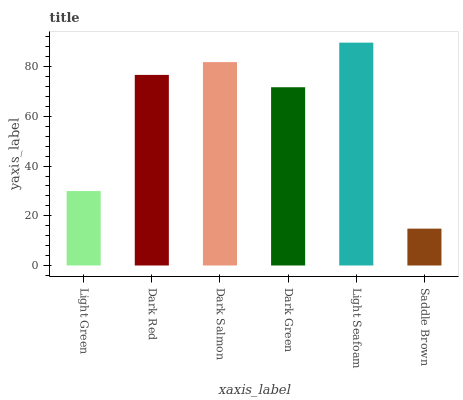
| xaxis_label | bars |
 | --- | --- |
 | Light Green | 30 |
 | Dark Red | 76.7 |
 | Dark Salmon | 81.8 |
 | Dark Green | 71.7 |
 | Light Seafoam | 89.7 |
 | Saddle Brown | 14.8 |